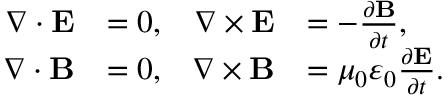
{ \begin{array} { r l r l } { \nabla \cdot \mathbf { E } } & { = 0 , } & { \nabla \times \mathbf { E } } & { = - { \frac { \partial \mathbf { B } } { \partial t } } , } \\ { \nabla \cdot \mathbf { B } } & { = 0 , } & { \nabla \times \mathbf { B } } & { = \mu _ { 0 } \varepsilon _ { 0 } { \frac { \partial \mathbf { E } } { \partial t } } . } \end{array} }